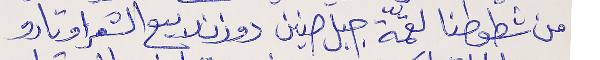
من شطوطنا لقمّة جبل صنين  دوزن ربيع الشعر اوتارو